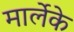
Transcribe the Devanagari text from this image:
मार्लेके